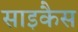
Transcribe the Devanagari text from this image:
साइकैस